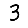
Digit: 3